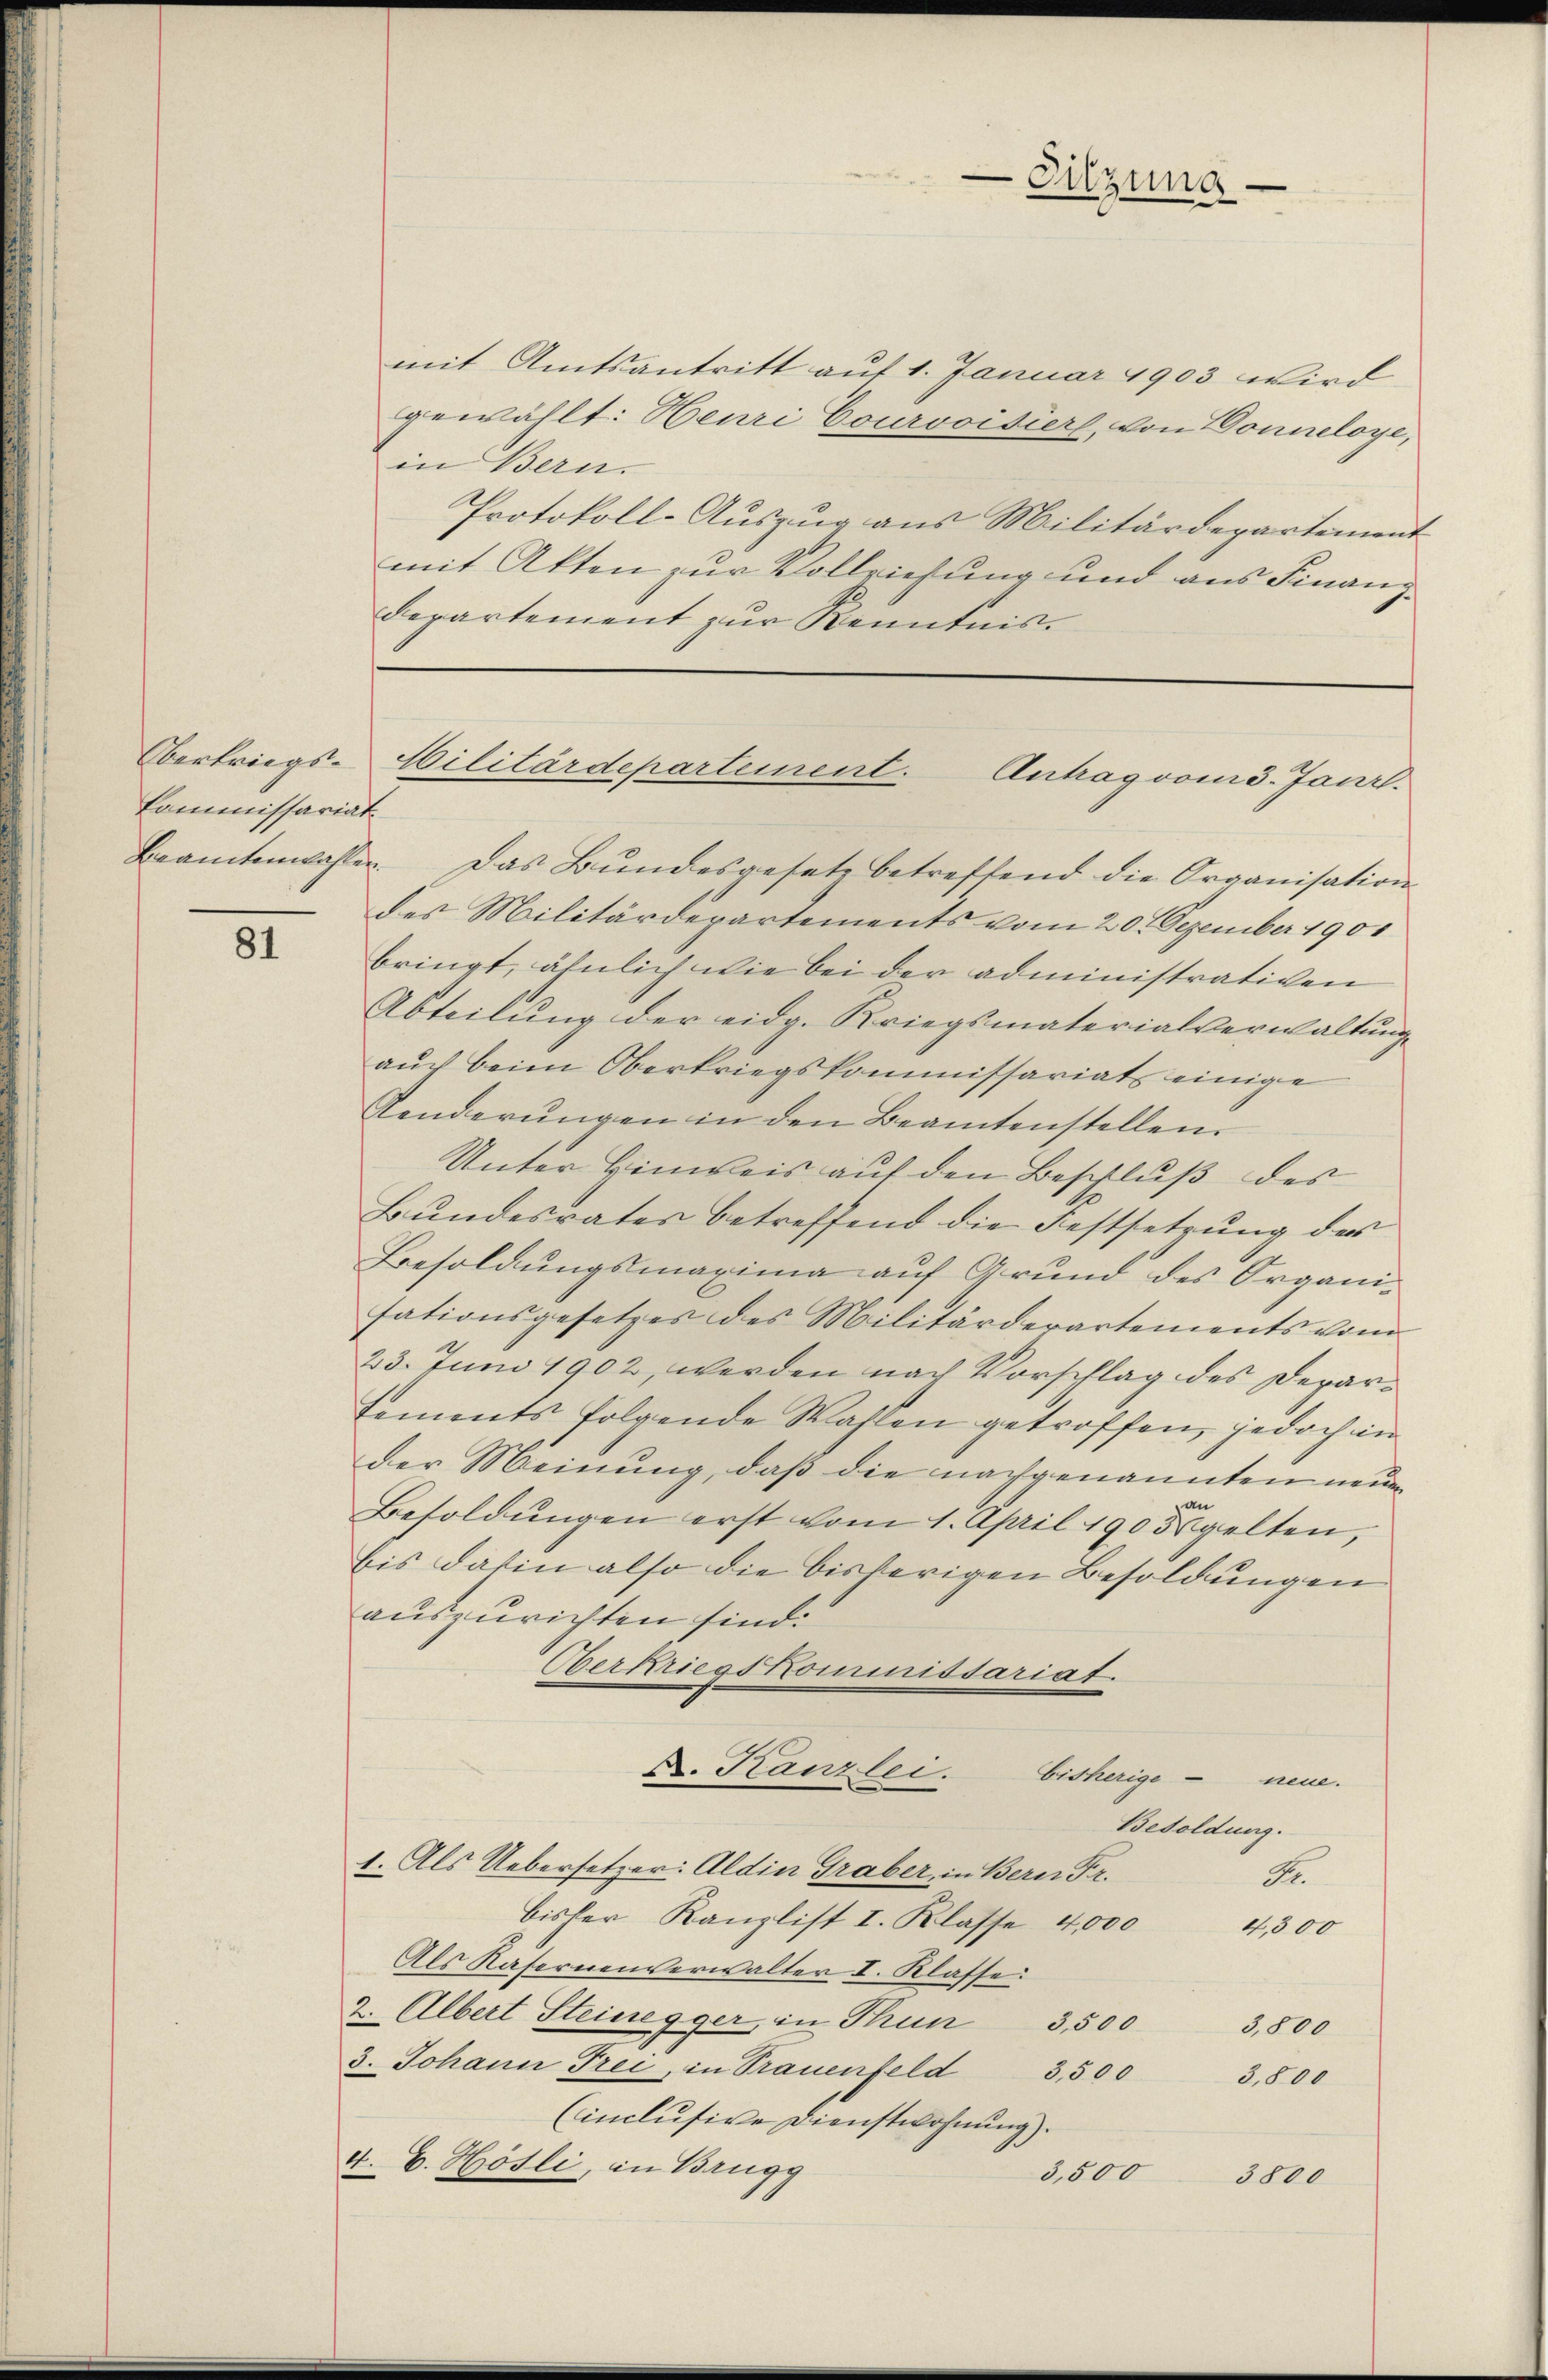
Oberkriegs-
Commissariat

81

mit Amtsantritt auf 1. Januar 1903 wird
gewählt: Henri Courvoisiers, von Donneloye,
in Bern.
Protokoll-Aŭszŭg ans Militärdepartement
mit Akten zur Vollziehung und aus Finanz-
Departement zur Kenntnis¬

-Sitzung.

ilitärdeparteinent. Antragvois. Janr.

Beamtenwahlen. Das Bundesgesetz betreffend die Organisation
des Militärdepartements vom 20. Dezember 1901
bringt, ähnlich wie bei der administrativen
Abteilung der eidg. Kriegsmaterialverwaltung
auch beim Oberkriegskommissariats einige
Aenderŭngen in den Beamtenstellen.
Unter Hinweis auf den Beschluß des
Bundesrates betreffend die Festsetzung des
Besoldungsmaxima auf Grund des Organisationsgesetzes des Militärderartements vom
23. Juni 1902, werden nach Vorschlag des Departements folgende Wahlen getroffen, jedoch in
der Meinung, daß die nachgenannten neuen
Besoldungen erst vom 1. April 1905 gelten,
bis dahin also die bisherigen Besoldungen
auszurichten sind.
Oberkriegskommissariat.
D. Kanzlei bisherige neue.
Besoldung.
1. Als Uebersetzer: Aldin Graber, in Bern Fr.
A
bisher Kanzlist I. Klasse 4,000 4300
Als Käsernenverwalter I. Klasse:
2. Albert Steinegger, in Thun 3,500 3,800
3. Johann Frei, in Trauenfeld 3,500 3,800
(inclusive Dienstwohnung).
4. C. Hösli, in Brugg
3,500
3800